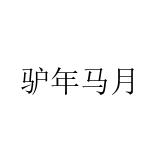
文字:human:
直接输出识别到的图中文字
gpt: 驴年马月